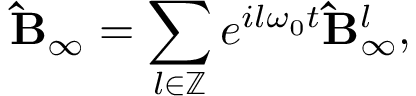
\mathbf { \hat { B } } _ { \infty } = \sum _ { l \in \mathbb { Z } } e ^ { i l \omega _ { 0 } t } \mathbf { \hat { B } } _ { \infty } ^ { l } ,